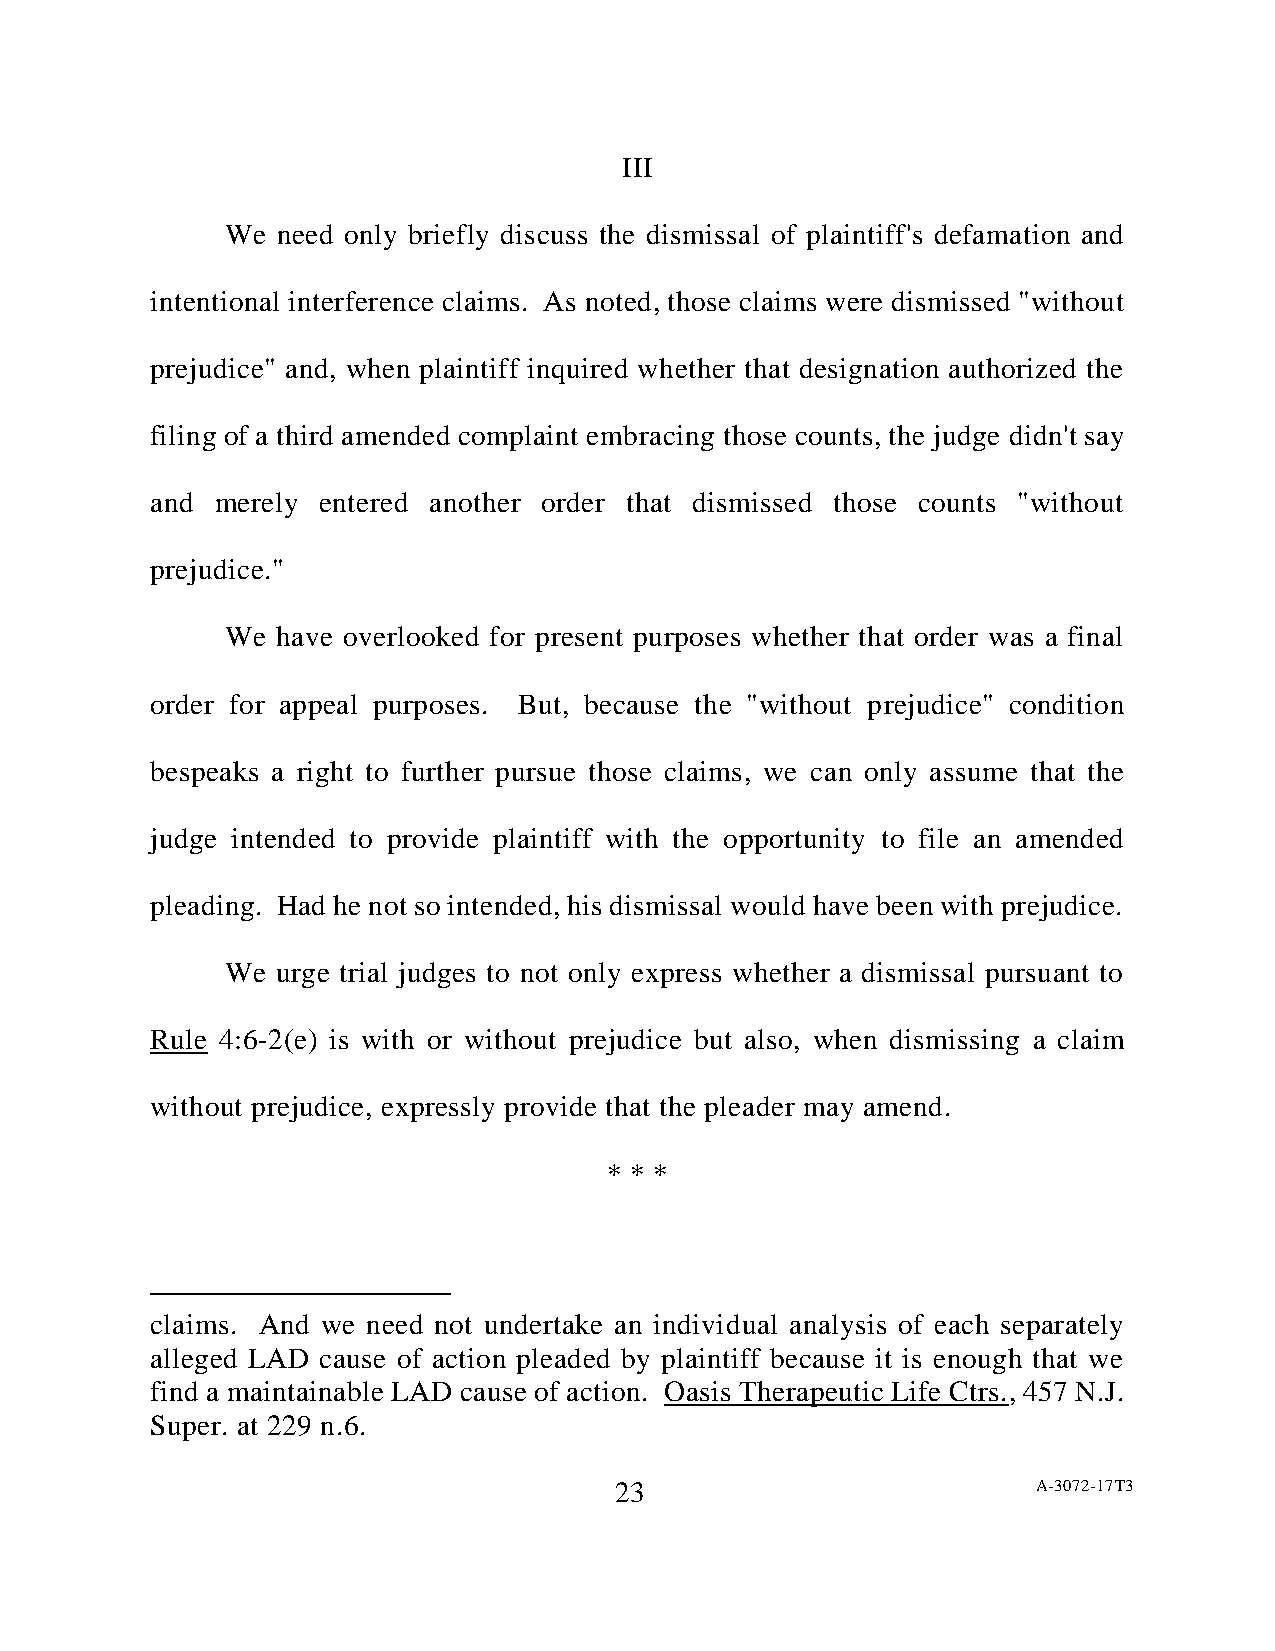
III
 We need only briefly discuss the dismissal of plaintiff's defamation and
 intentional interference claims. As noted, those claims were dismissed "without
 prejudice" and, when plaintiff inquired whether that designation authorized the
 filing of a third amended complaint embracing those counts, the judge didn't say
 and merely entered another order that dismissed those counts "without
 prejudice."
 We have overlooked for present purposes whether that order was a final
 order for appeal purposes. But, because the "without prejudice" condition
 bespeaks a right to further pursue those claims, we can only assume that the
 judge intended to provide plaintiff with the opportunity to file an amended
 pleading. Had he not so intended, his dismissal would have been with prejudice.
 We urge trial judges to not only express whether a dismissal pursuant to
 Rule 4:6-2(e) is with or without prejudice but also, when dismissing a claim
 without prejudice, expressly provide that the pleader may amend.
 * * *
 claims. And we need not undertake an individual analysis of each separately
 alleged LAD cause of action pleaded by plaintiff because it is enough that we
 find a maintainable LAD cause of action. Oasis Therapeutic Life Ctrs., 457 N.J.
 Super. at 229 n.6.
 23                          A-3072-17T3